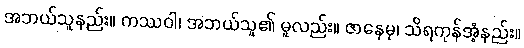
အဘယ်သူနည်း။ ကဿဝါ၊ အဘယ်သူ၏ မူလည်း။ ဇာနေမု၊ သိရကုန်အံ့နည်း။